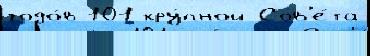
годо́в 101 кру́пной Сов'е́та